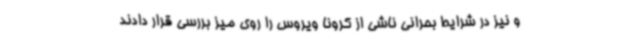
و نیز در شرایط بحرانی ناشی از کرونا ویروس را روی میز بررسی قرار دادند